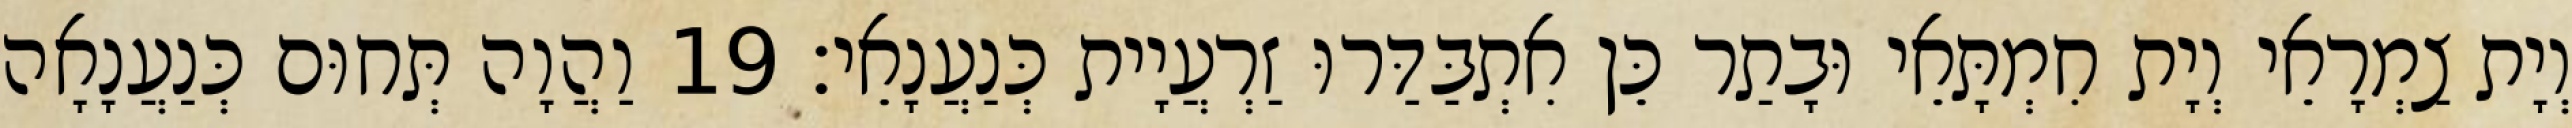
וְיָת צַמְרָאֵי וְיָת חִמְתָּאֵי וּבָתַר כֵּן אִתְבַּדַּרוּ זַרְעֲיָית כְּנַעֲנָאֵי׃ 19 וַהֲוָה תְּחוּם כְּנַעֲנָאָה